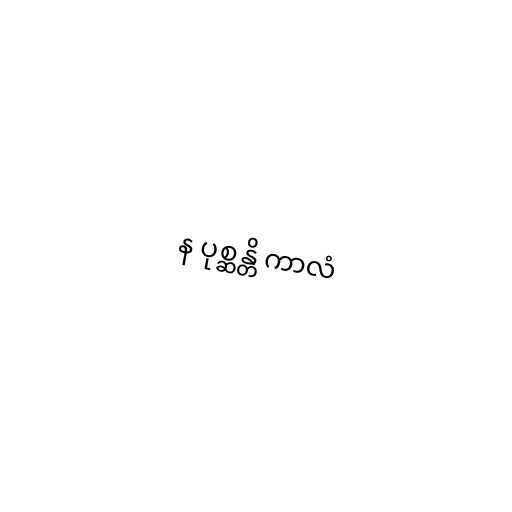
န ပုစ္ဆန္တိ ကာလံ